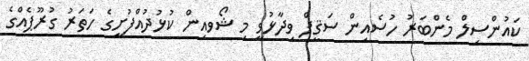
ކައުންސިލް މެންބަރު ހުސެއިން ސަޤީފް ވިދާޅުވީ މި ޝޯވއިން ކުޅުދުއްފުށީގެ ހަތަރު ގުރޫޕެއްގެ